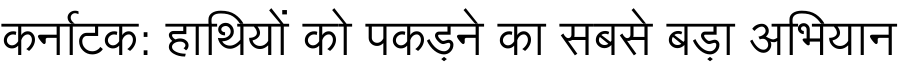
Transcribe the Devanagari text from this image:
कर्नाटक: हाथियों को पकड़ने का सबसे बड़ा अभियान